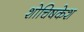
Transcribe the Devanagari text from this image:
शोचिषकेश